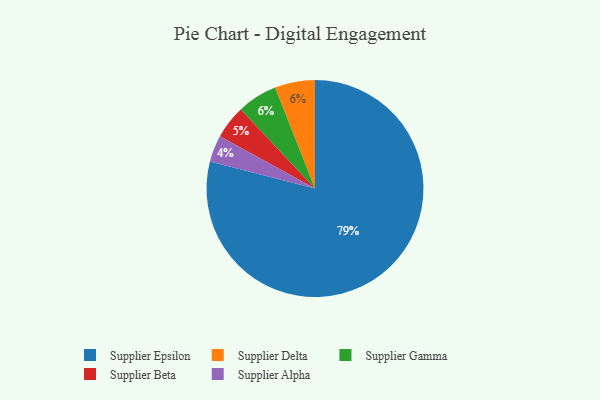
{"axis": {"x": "Category", "y": "Percentage"}, "legend": ["Supplier Alpha", "Supplier Beta", "Supplier Delta", "Supplier Epsilon", "Supplier Gamma"], "data": [{"x": "Supplier Delta", "y": 6, "type": "Supplier Delta"}, {"x": "Supplier Alpha", "y": 4, "type": "Supplier Alpha"}, {"x": "Supplier Gamma", "y": 6, "type": "Supplier Gamma"}, {"x": "Supplier Beta", "y": 5, "type": "Supplier Beta"}, {"x": "Supplier Epsilon", "y": 79, "type": "Supplier Epsilon"}]}